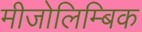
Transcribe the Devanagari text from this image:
मीजोलिम्बिक